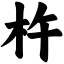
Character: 杵